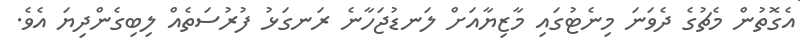
އެގޮތުން މެޗުގެ ދެވަނަ މިނެޓުގައި މާޒިޔާއަށް ލަނޑުޖަހާނެ ރަނގަޅު ފުރުސަތެއް ލިބިގެންދިޔަ އެވެ.